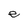
Character: e